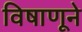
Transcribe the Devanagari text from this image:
विषाणूने